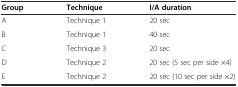
<table><thead><tr><td><b>Group</b></td><td><b>Technique</b></td><td><b>I/A duration</b></td></tr></thead><tbody><tr><td>A</td><td>Technique 1</td><td>20 sec</td></tr><tr><td>B</td><td>Technique 1</td><td>40 sec</td></tr><tr><td>C</td><td>Technique 3</td><td>20 sec</td></tr><tr><td>D</td><td>Technique 2</td><td>20 sec (5 sec per side ×4)</td></tr><tr><td>E</td><td>Technique 2</td><td>20 sec (10 sec per side ×2)</td></tr></tbody></table>